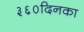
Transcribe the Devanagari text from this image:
३६०दिनका